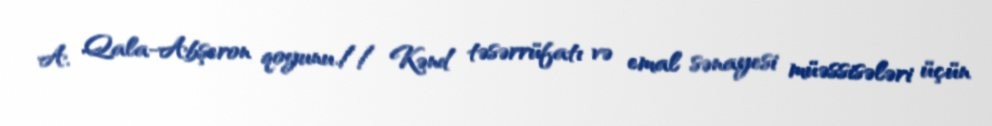
A. Qala-Abşeron qoyunu.// Kənd təsərrüfatı və emal sənayesi müəssisələri üçün